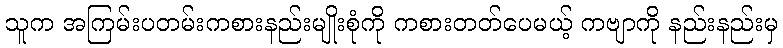
သူက အကြမ်းပတမ်းကစားနည်းမျိုးစုံကို ကစားတတ်ပေမယ့် ကဗျာကို နည်းနည်းမှ